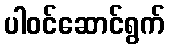
ပါဝင်ဆောင်ရွက်